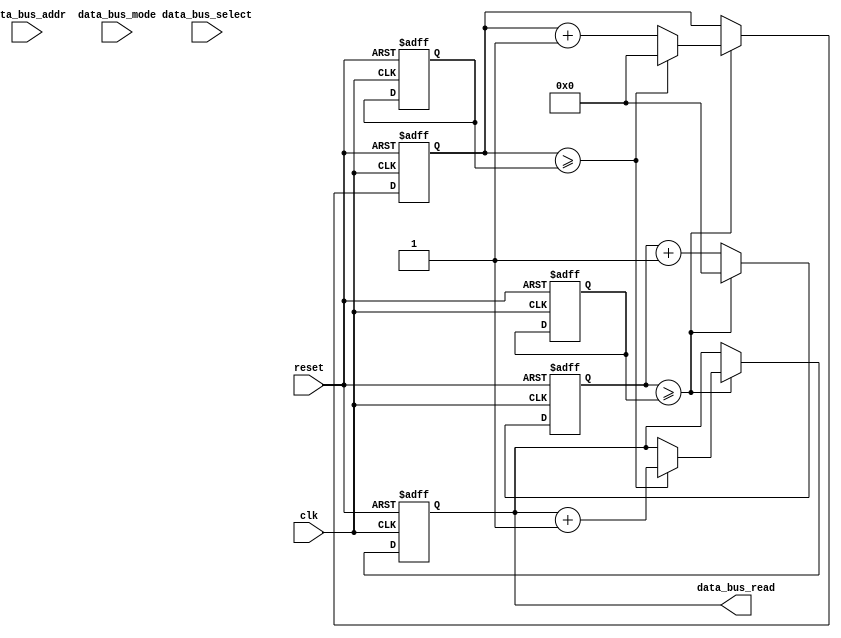
module systick(
    input clk,
    input reset,
    output [31:0] data_bus_read,
    input [31:0] data_bus_addr,
    input data_bus_select,
    input [1:0] data_bus_mode   // 00: Nothing, 01: Read, 10: Write
);

// ==== Configuration ====
// IMPORTANT: These have to be adjusted for actual clock speed
`ifndef VERILATOR
	localparam PRESCALER = 32'd16499;	// 16.5MhZ / 16500 = 1KhZ
	localparam COUNTER = 32'd0;      	// 1KhZ / 1 = 1KhZ
`else
	localparam PRESCALER = 32'd9999;    // 100MhZ / 10000 = 10KhZ
	localparam COUNTER = 32'd9;         // 10KhZ / 10 = 1KhZ
`endif
// ====

// ==== Port Registers ====
reg [31:0] tick_count;   // Address 0x4030 (read only)
// ====

// ==== Internal Registers ====
reg [31:0] prescaler_threshold;
reg [31:0] counter_threshold;

reg [31:0] prescaler_value;
reg [31:0] counter_value;
// ====

// ==== Reading ====
wire read_requested = (data_bus_mode == 2'b01) && data_bus_select;

assign data_bus_read = bus_read();

function [31:0] bus_read();
    case (data_bus_addr)
        default: bus_read = tick_count;
    endcase
endfunction


// ==== Logic ====
always @(posedge clk or negedge reset) begin
    if(!reset) begin
        prescaler_threshold <= PRESCALER;
        counter_threshold <= COUNTER;
        prescaler_value <= 32'b0;
        counter_value <= 32'b0;
        tick_count <= 32'b0;
    end
    else begin
        prescaler_value <= prescaler_value + 32'b1;

        if (prescaler_value >= prescaler_threshold) begin
            prescaler_value <= 32'b0;
            counter_value <= counter_value + 32'b1;

            if (counter_value >= counter_threshold) begin
                counter_value <= 32'b0;
                tick_count <= tick_count + 32'b1;
            end
        end     
    end
end

endmodule